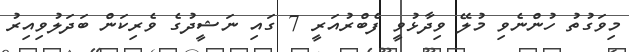
މިވަގުތު ހުންނެވި މުލޭ ވިދާޅުވީ ފެބްރުއަރީ 7 ގައި ނަޝީދުގެ ވެރިކަން ބަދަލުވިއިރު